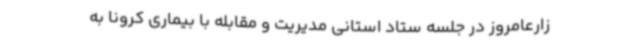
زارعامروز در جلسه ستاد استانی مدیریت و مقابله با بیماری کرونا به